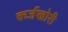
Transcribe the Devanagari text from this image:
कर्जखोरी